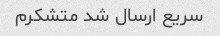
سریع ارسال شد متشکرم